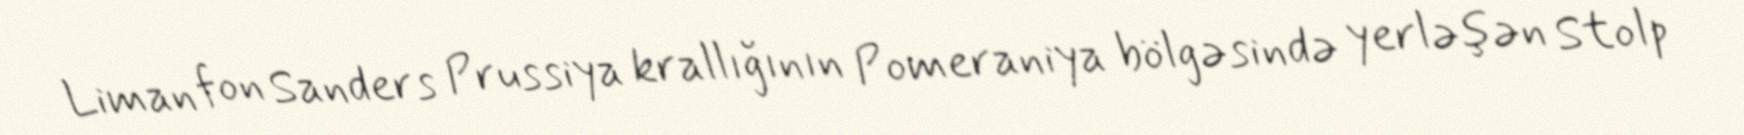
Liman fon Sanders Prussiya krallığının Pomeraniya bölgəsində yerləşən Stolp